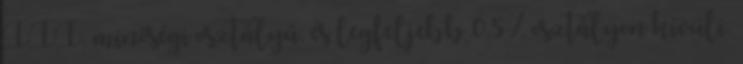
III. minőségi osztályú, és legfeljebb 0,5 % osztályon kívüli.